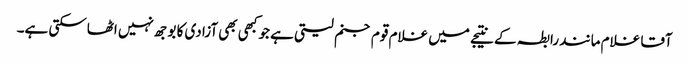
آقا غلام مانند رابطہ کے نتیجے میں غلام قوم جنم لیتی ہے جو کبھی بھی آزادی کا بوجھ نہیں اٹھاسکتی ہے۔